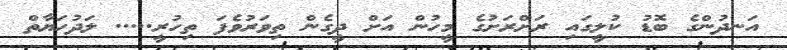
އަނދުންގެ ބޮޑު ކުލީގައި ރަށްރަށުގެ މީހުން އަށް ދީގެން ތިވަރުވެފަ ތިހުރީ..... ލަދުހަޔާތް